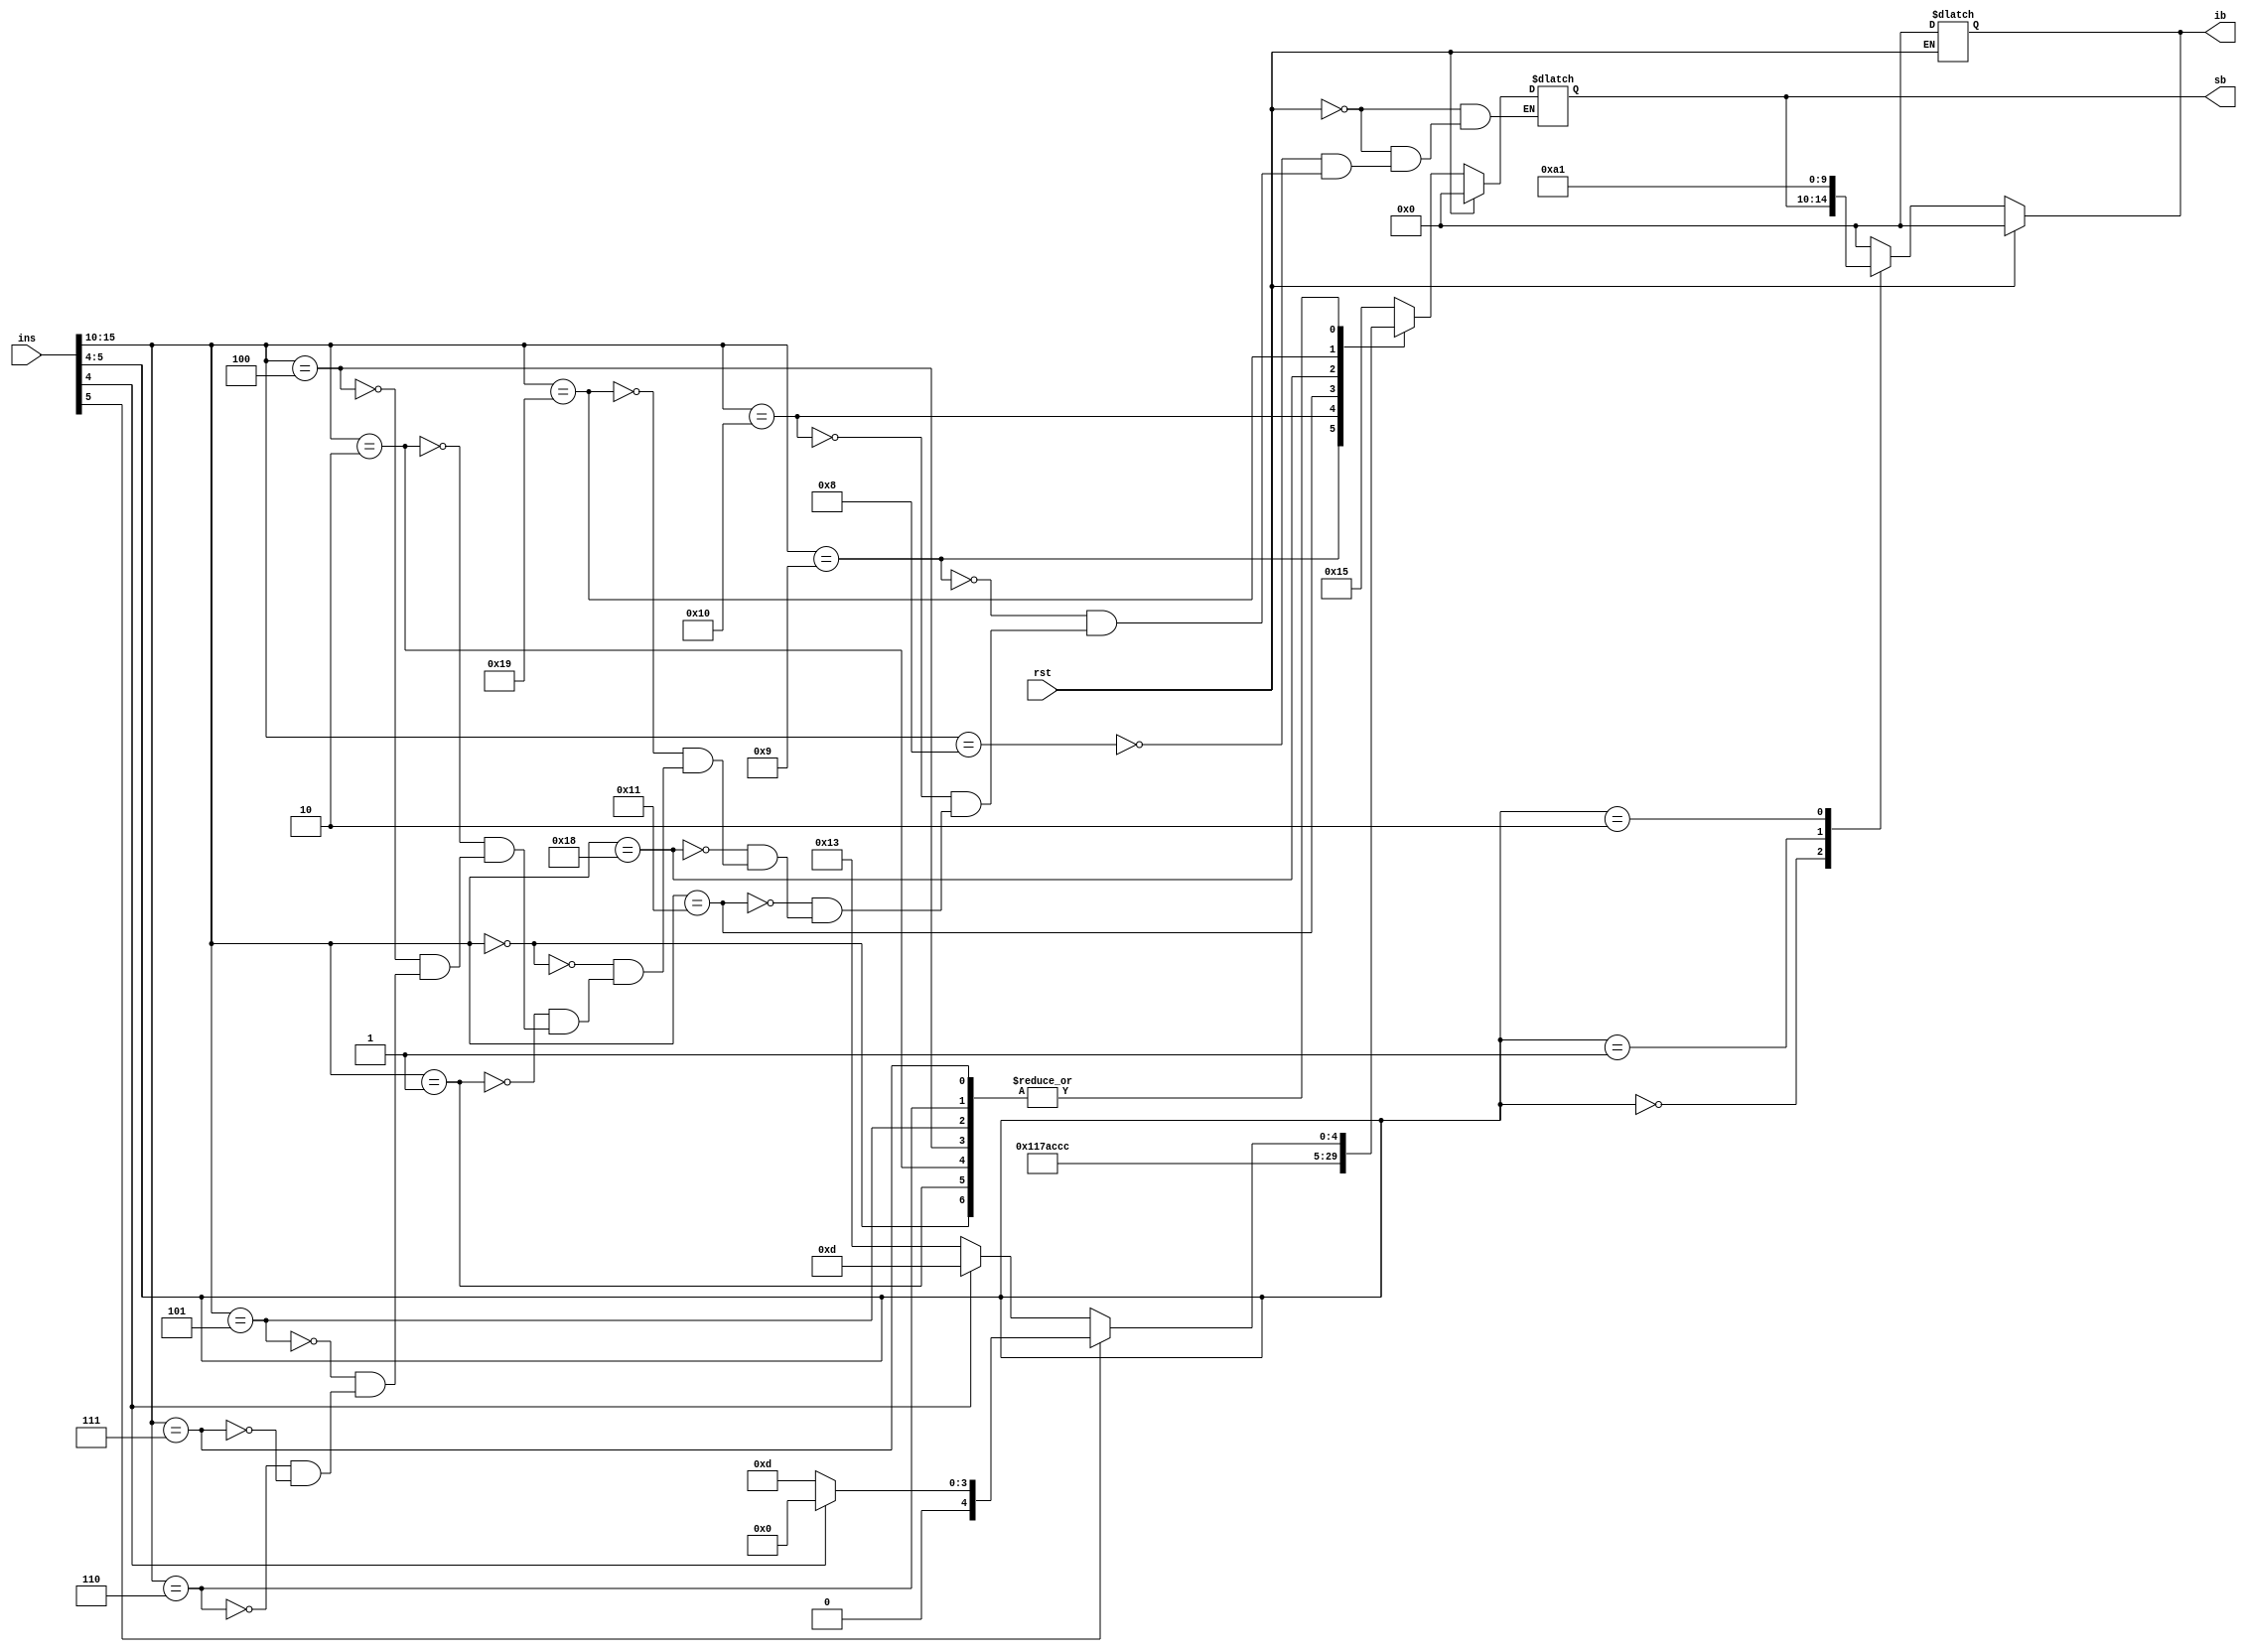
`timescale 1ns / 1ps
module in_dec(
    input [15:0] ins,
    input rst, 
    output reg [4:0] ib,
    output reg [4:0] sb
    );
    parameter   ar = 2'b00, ai = 2'b01, ab= 2'b10,  add=6'b000000,subtract=6'b000001, and1 = 6'b000010, 
                nand1= 6'b000011,or1= 6'b000100, nor1=6'b000101,xor1= 6'b000110, 
                xnor1 = 6'b000111, pop= 6'b001000 , push= 6'b001001, load= 6'b010000, store = 6'b010001,
                bz= 6'b011000 ,test= 6'b011001;
                
   //IB             
    always @ (ins or rst or sb)
    begin
        if(rst)
            begin ib = 5'd0;  end
     
        else 
            begin 
            /*ib = ins[5] ? (ins[4] ? 5'b00000 : 5'b00001 ) : (ins[4] ? 5'b00101 : sb );*/
            case ( ins [5:4] )
                    ar :  ib = sb; 
                    ai :  ib = 5'b00101;
                    ab :  ib = 5'b00001;
                    default ib = 5'b00000;
                   
                  endcase
                   $display("ar is: %2b",ar);
            end
    end
    
      
      //SB
      always @(ins or rst)
      begin     
      if(rst)
         begin ib =5'd0; sb = 5'd0; end  
       else 
       begin   
           case ( ins[15:10] )
                pop         : sb = 5'b10101;
                push        : sb = 5'b10001;
                load        : sb = 5'b01111;
                store       : sb = 5'b01011;
                bz          : sb = 5'b00110;
                test        : sb = 5'b01100;
                add         : sb = ins[5] ?    (ins[4] ?  5'b00000 : 5'b01101) : (ins[4] ?   5'b01101 : 5'b10011) ;
                subtract    : sb = ins[5] ?    (ins[4] ?  5'b00000 : 5'b01101) : (ins[4] ?   5'b01101 : 5'b10011) ;
                and1        : sb = ins[5] ?    (ins[4] ?  5'b00000 : 5'b01101) : (ins[4] ?   5'b01101 : 5'b10011) ;
                or1         : sb = ins[5] ?    (ins[4] ?  5'b00000 : 5'b01101) : (ins[4] ?   5'b01101 : 5'b10011) ;
                nor1        : sb = ins[5] ?    (ins[4] ?  5'b00000 : 5'b01101) : (ins[4] ?   5'b01101 : 5'b10011) ;
                xor1        : sb = ins[5] ?    (ins[4] ?  5'b00000 : 5'b01101) : (ins[4] ?   5'b01101 : 5'b10011) ;
                xnor1       : sb = ins[5] ?    (ins[4] ?  5'b00000 : 5'b01101) : (ins[4] ?   5'b01101 : 5'b10011) ;
                endcase
                
               /* ib = ins[5] ? (ins[4] ? 5'b00000 : 5'b00001 ) : (ins[4] ? 5'b00101 : sb );*/
         end 
         end
           
endmodule